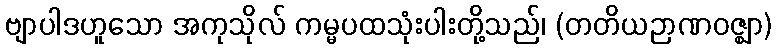
ဗျာပါဒဟူသော အကုသိုလ် ကမ္မပထသုံးပါးတို့သည်၊ (တတိယဉာဏဝဇ္ဈာ)